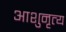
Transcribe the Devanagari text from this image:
आशुनृत्य